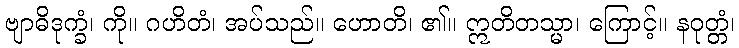
ဗျာဓိဒုက္ခံ၊ ကို။ ဂဟိတံ၊ အပ်သည်။ ဟောတိ၊ ၏။ ဣတိတသ္မာ၊ ကြောင့်။ နဝုတ္တံ၊